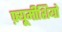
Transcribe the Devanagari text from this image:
फ़्यूमीशियो